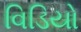
વિડિયો